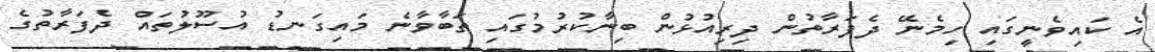
އެ ކައިވެނީގައި ހިމެނޭ ދެފަރާތުން ދިރިއުޅުން ބިނާކުރުމުގައި ތަބާވާނެ މައިގަނޑު އުސޫލުތައް ދެފަރާތުގެ